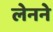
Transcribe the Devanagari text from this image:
लेनने